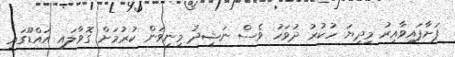
ފަށާފައިވާއިރު މިދިޔަ ހުކުރު ދުވަހު ވެސް ނަޝީދު މިނިވަން ކުރުމަށް ގޮވާލައި އައްޑޫގައި